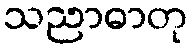
သညာဓာတု